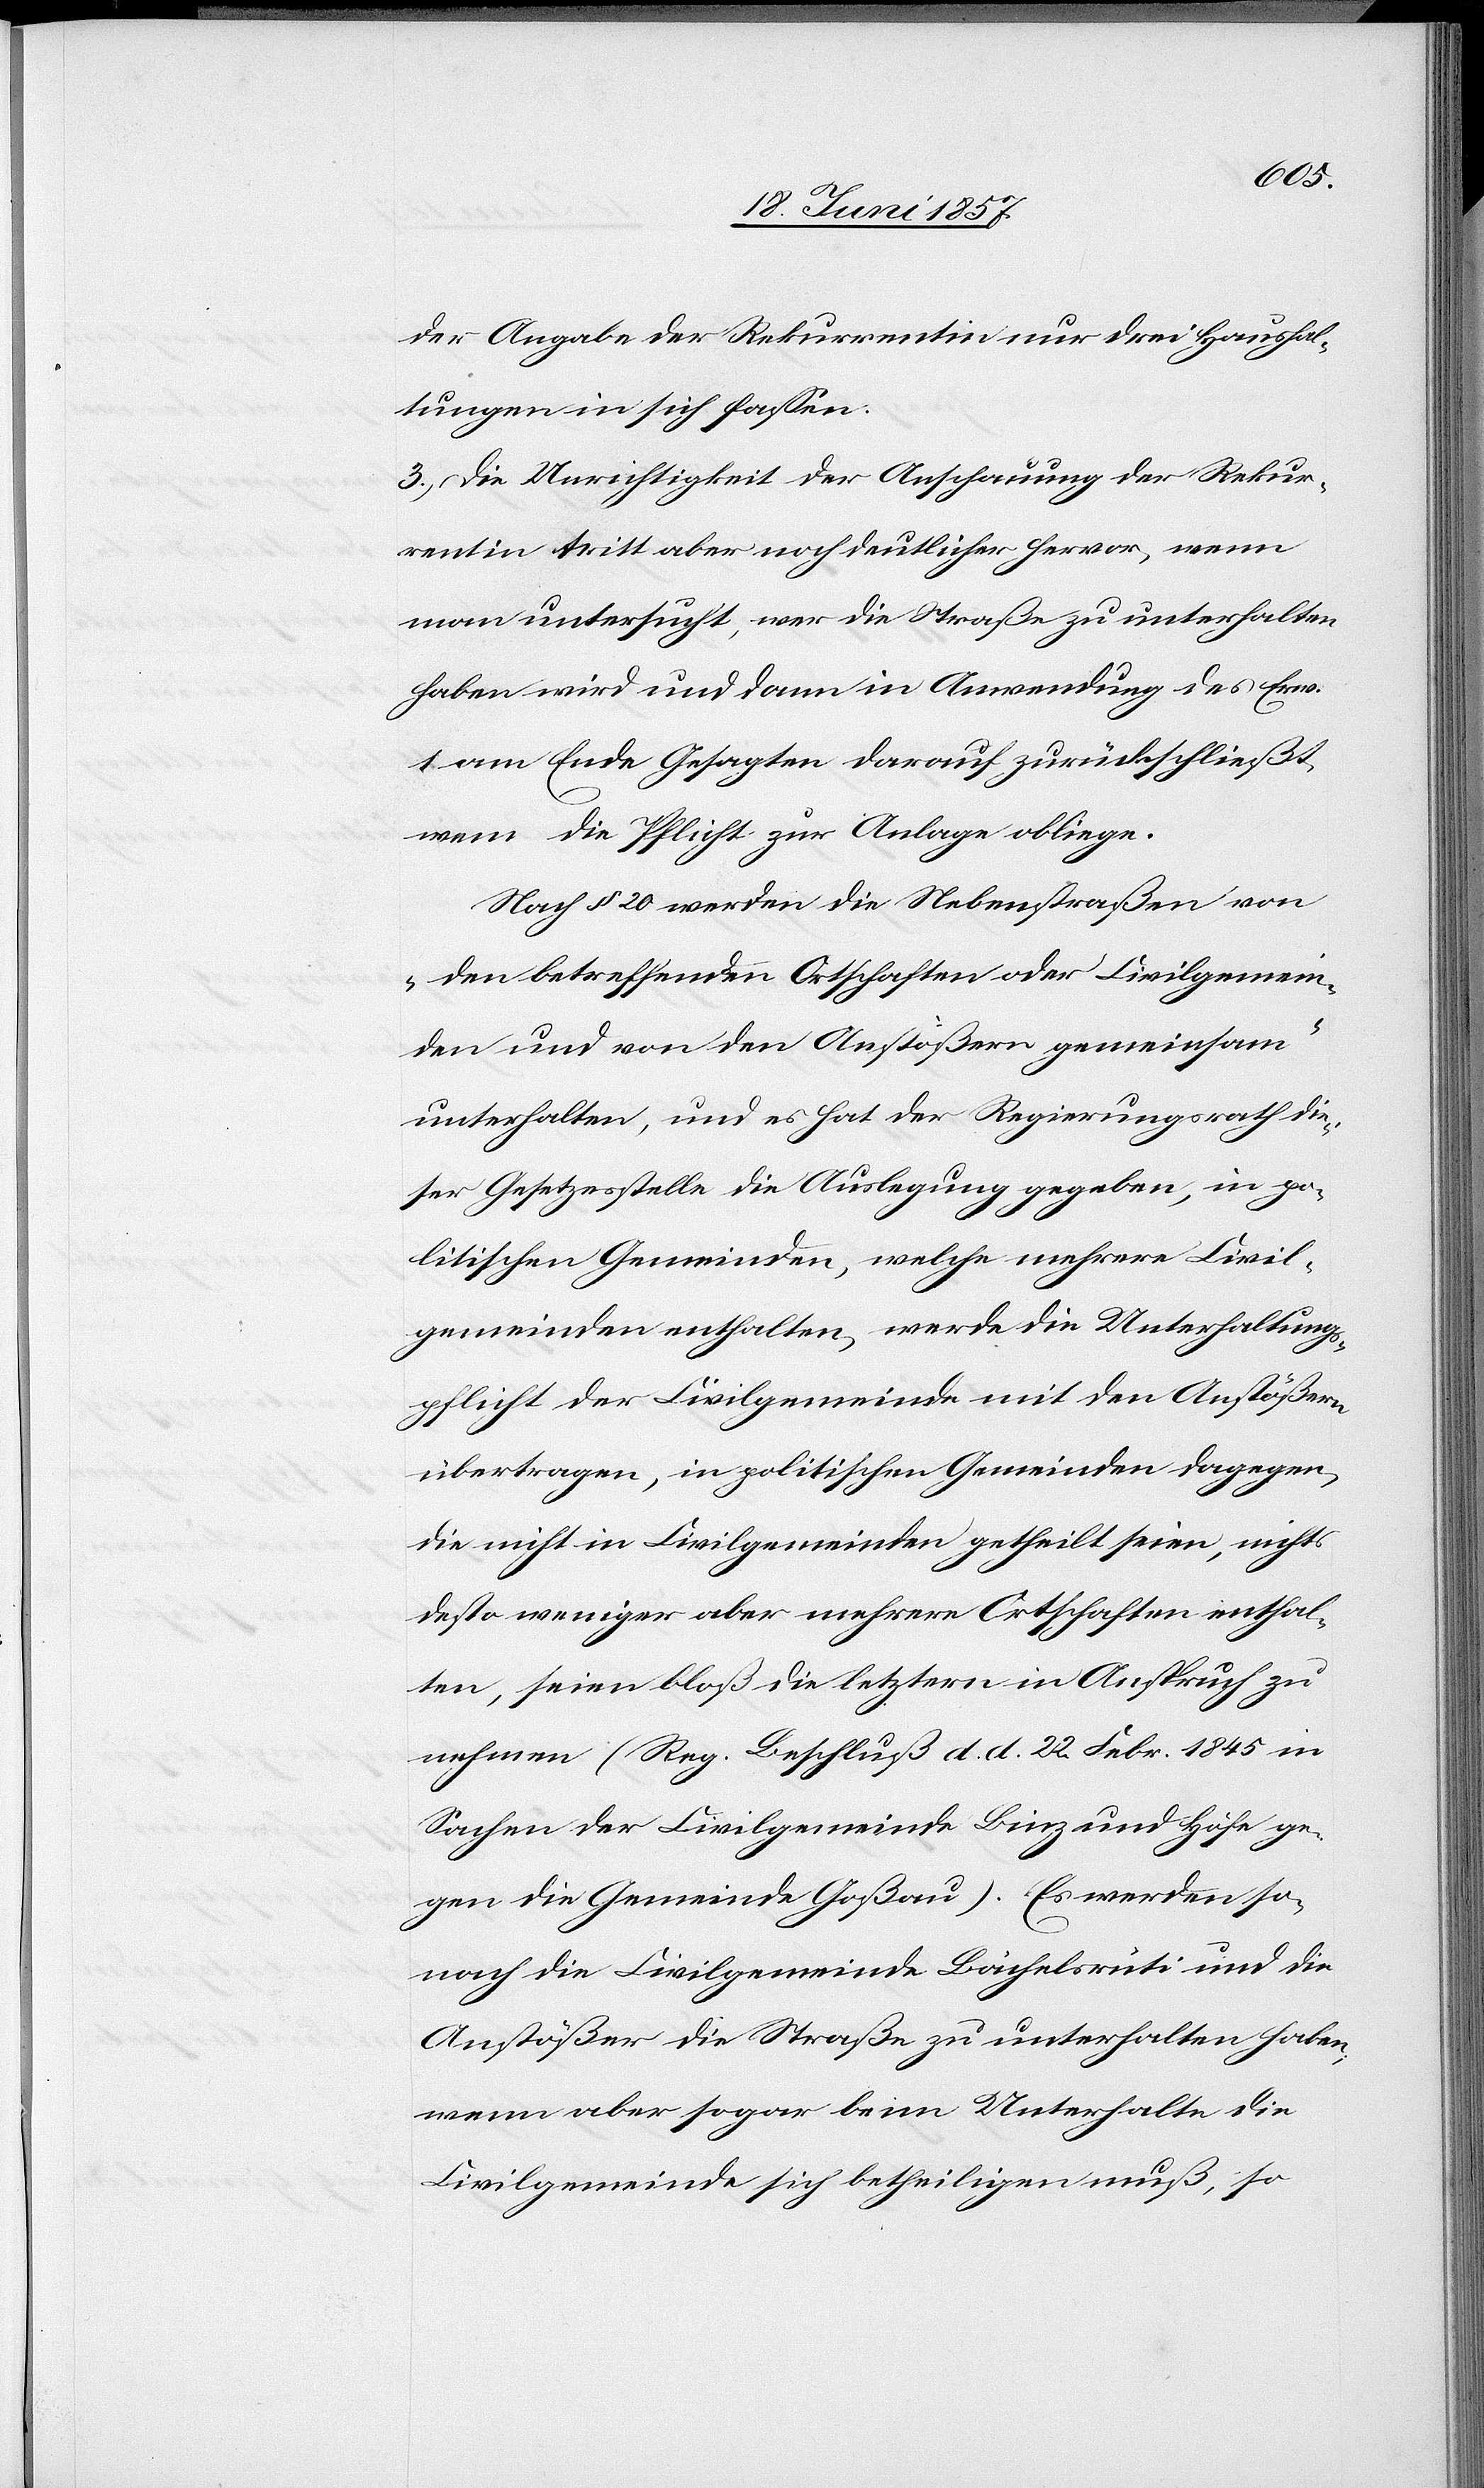
der Angabe der Rekurrentin nur drei Haushal¬
tungen in sich fassen:
3.) Die Unrichtigkeit der Anschauung der Rekur¬
rentin tritt aber noch deutlicher hervor, wenn
man untersucht, wer die Straße zu unterhalten
haben wird und dann in Anwendung des [in]
1 am Ende Gesagten darauf zurückschließt
wem die Pflicht zur Anlage obliege.
Nach § 20 werden Nebenstraßen von
„den betreffenden Ortschaften oder Civilgemein¬
den und von den Anstößern gemeinsam“
unterhalten, und es hat der Regierungsrath die¬
ser Gesetzesstelle die Auslegung gegeben, in po¬
litischen Gemeinden, welche mehrere Civil¬
gemeinden enthalten, werde die Unterhaltungs¬
pflicht der Civilgemeinde mit den Anstößern
übertragen, in politischen Gemeinden dagegen,
die nicht in Civilgemeinden getheilt seien, nichts
desto weniger aber mehrere Ortschaften enthal¬
ten, seien bloß die letztern in Anspruch zu
nehmen (Reg. Beschluß d. d. 22 Febr. 1845 in
Sachen der Civilgemeinde Binz und Höfe ge¬
gen die Gemeinde Goßau.) Es werden so¬
nach die Civilgemeinde Bächelsrüti und die
Anstößer die Straße zu unterhalten haben,
wenn aber sogar beim Unterhalte die
Civilgemeinde sich betheiligen muß, so